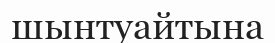
шынтуайтына